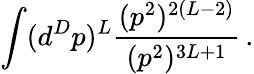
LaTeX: \int(d^{D}p)^{L}{\frac{(p^{2})^{2(L-2)}}{(p^{2})^{3L+1}}}\, .